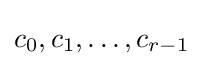
c_{0},c_{1},\ldots ,c_{r-1}